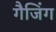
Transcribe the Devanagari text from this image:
गैजिंग